Indian journal of veterinary science and animal husbandry - Volume 12,
Year: 1942
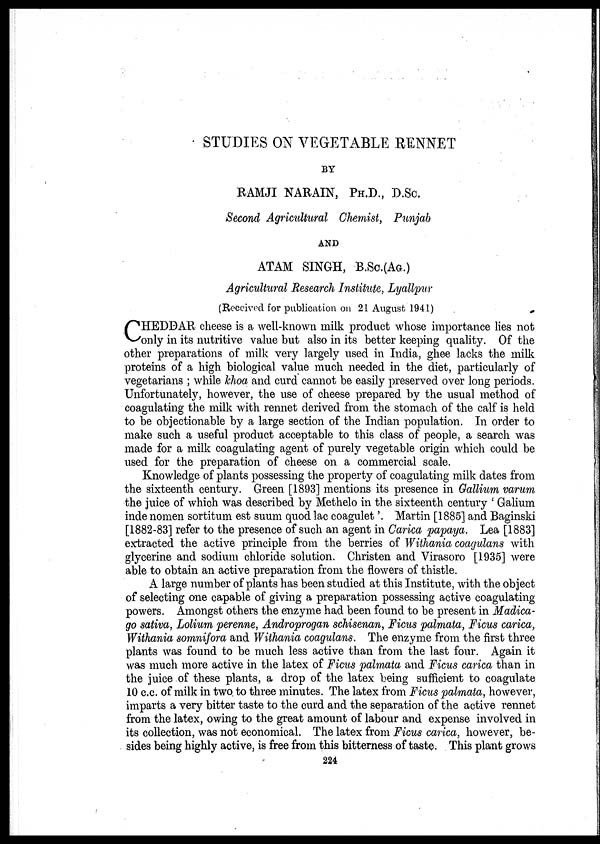
STUDIES ON VEGETABLE RENNET
BY
RAMJI NARAIN, PH.D., D.Sc.
Second Agricultural Chemist, Punjab
AND
ATAM SINGH, B.Sc.(AG.)
Agricultural Research Institute, Lyallpur
(Received for publication on 21 August 1941)
C HEDDAR cheese is a well-known milk product whose importance lies not
only in its nutritive value but also in its better keeping quality. Of the
other preparations of milk very largely used in India, ghee lacks the milk
proteins of a high biological value much needed in the diet, particularly of
vegetarians ; while khoa and curd cannot be easily preserved over long periods.
Unfortunately, however, the use of cheese prepared by the usual method of
coagulating the milk with rennet derived from the stomach of the calf is held
to be objectionable by a large section of the Indian population. In order to
make such a useful product acceptable to this class of people, a search was
made for a milk coagulating agent of purely vegetable origin which could be
used for the preparation of cheese on a commercial scale.
Knowledge of plants possessing the property of coagulating milk dates from
the sixteenth century. Green [1893] mentions its presence in Gallium varum
the juice of which was described by Methelo in the sixteenth century ' Galium
inde nomen sortitum est suum quod lac coagulet '. Martin [1885] and Baginski
[1882-83] refer to the presence of such an agent in Carica papaya. Lea [1883]
extracted the active principle from the berries of Withania coagulans with
glycerine and sodium chloride solution. Christen and Virasoro [1935] were
able to obtain an active preparation from the flowers of thistle.
A large number of plants has been studied at this Institute, with the object
of selecting one capable of giving a preparation possessing active coagulating
powers. Amongst others the enzyme had been found to be present in Madica¬
go sativa, Lolium perenne, Androprogan schisenan, Ficus palmata, Ficus carica,
Withania somnifora and Withania coagulans. The enzyme from the first three
plants was found to be much less active than from the last four. Again it
was much more active in the latex of Ficus palmata and Ficus carica than in
the juice of these plants, a drop of the latex being sufficient to coagulate
10 c.c. of milk in two to three minutes. The latex from Ficus palmata, however,
imparts a very bitter taste to the curd and the separation of the active rennet
from the latex, owing to the great amount of labour and expense involved in
its collection, was not economical. The latex from Ficus carica, however, be-
sides being highly active, is free from this bitterness of taste. This plant grows
224